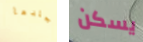
جلدها يسكن